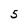
Character: 5